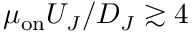
\mu _ { \mathrm { o n } } U _ { J } / D _ { J } \gtrsim 4